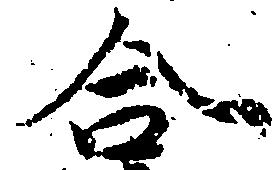
合